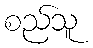
စည်သူ